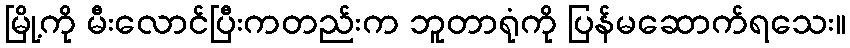
မြို့ကို မီးလောင်ပြီးကတည်းက ဘူတာရုံကို ပြန်မဆောက်ရသေး။